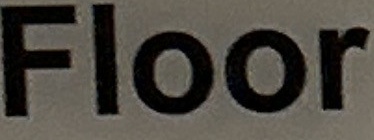
Floor